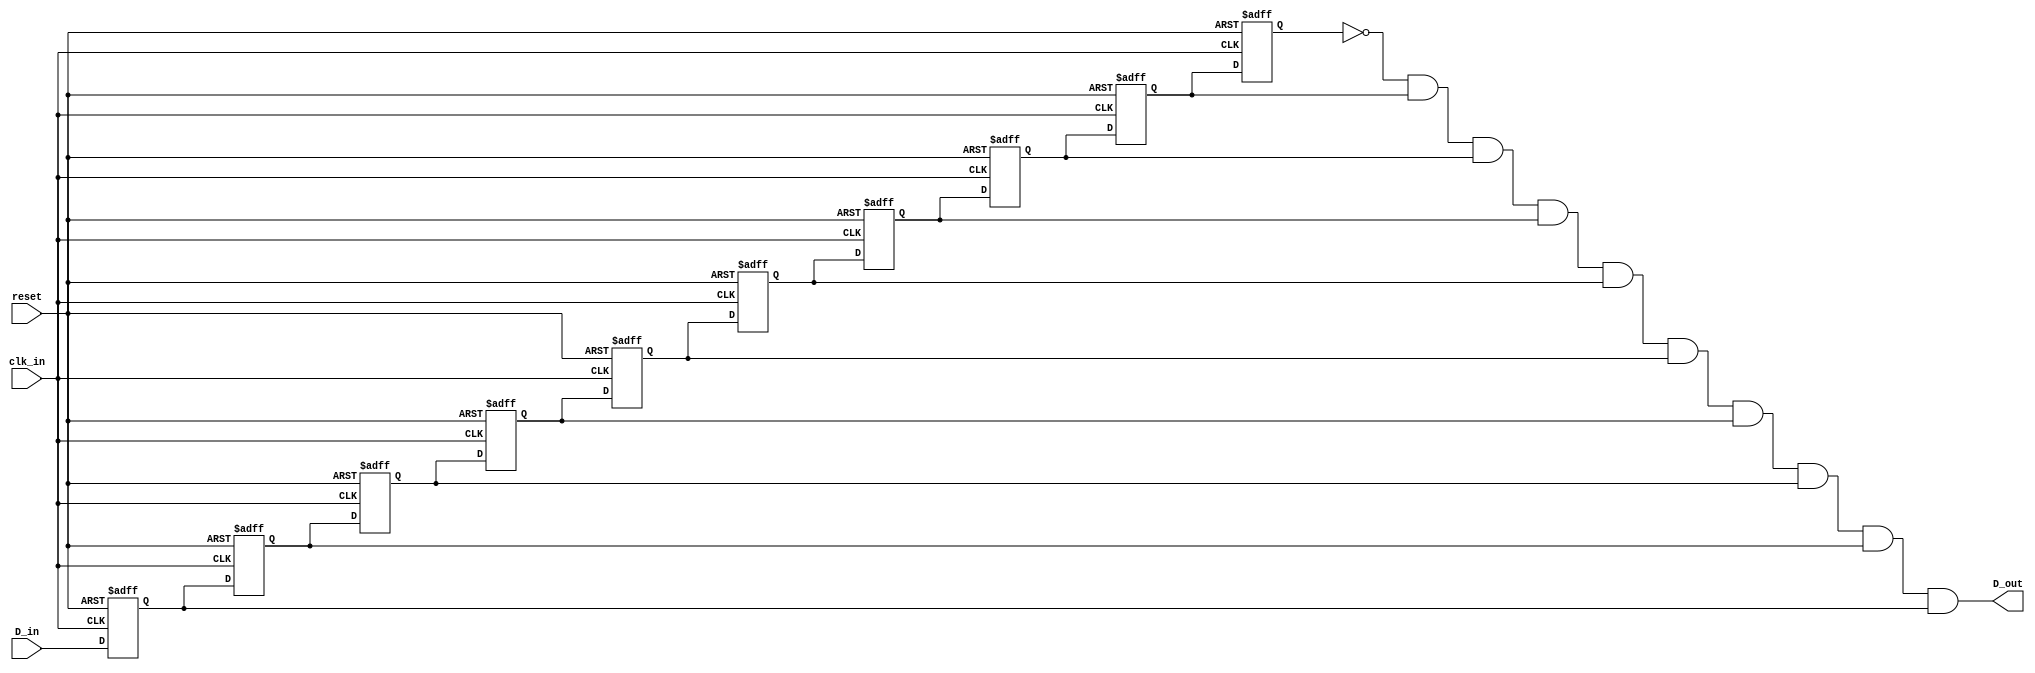
`timescale 1ns / 1ps
/*************************************************************************************
*	File Name: 
*	Project:		Shift Register
*	Designer:	Liam Gogley
*	Rev. Date:	2016-02-06
*
*	Purpose:
*
*	Notes:
*************************************************************************************/
module debounce(D_in, clk_in, reset, D_out);
	// The following template provides a one-shot pulse
	// from a non-clock input (D_in)

	input D_in, clk_in, reset;
	output D_out;
	wire D_out;
	
	reg q9, q8, q7, q6, q5, q4, q3, q2, q1, q0;
	
	always @ (posedge clk_in or posedge reset)
		if (reset == 1'b1)
		{q9,q8,q7,q6,q5,q4,q3,q2,q1,q0} <= 10'b0;
		
		else 
			begin
				// shift in the new sample that's on the D_in input
				q9 <= q8; q8 <= q7; q7 <= q6; q6 <= q5; q5 <= q4;
				q4 <= q3; q3 <= q2; q2 <= q1; q1 <= q0; q0 <= D_in;
			end
		
		// create the debounced, one-shot output pulse
		assign D_out = !q9 & q8 & q7 & q6 & q5 & q4 & q3 & q2 & q1 & q0;


endmodule